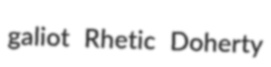
galiot Rhetic Doherty